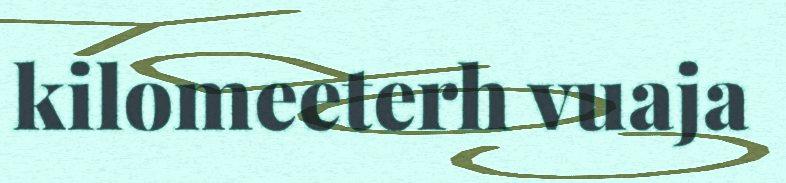
kilomeeterh vuaja